Lunatic asylums in Bengal annual reports 1888-1898 - 1888-1898
Year: 1888
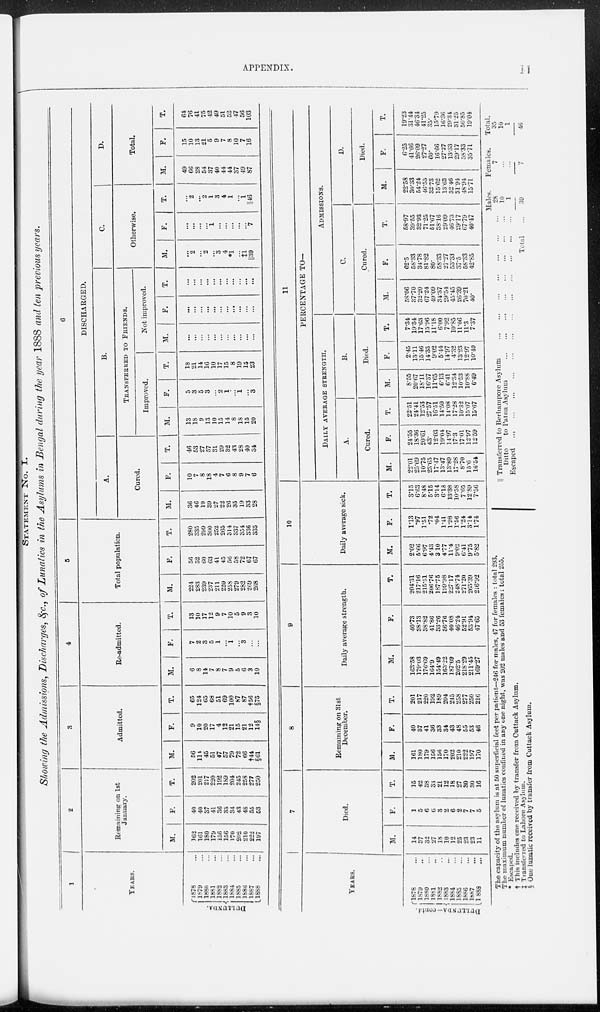
APPENDIX.
STATENENT NO.
I.
Showing the Admissions, Discharges, &c., of Lunatics in the Asylums in Bengal during the year 1888 and ten previous years.
1
YEARS.
DULLUNDA.
1878 ...
1879 ...
1880 ...
1881 ...
1882 ...
1883 ...
1884 ...
1885 ...
1886 ...
1887 ...
1888 ...
2
Remaining on 1st
January.
M.
162
161
180
179
156
156
170
202
210
222
197
F.
40
40
37
41
36
33
34
43
48
55
53
T.
202
201
217
220
192
189
204
245
258
277
250
3
Admitted.
M.
56
114
45
51
47
57
79
72
66
†44
§61
F.
9
10
20
17
4
12
21
15
21
12
14§
T.
65
124
65
68
51
69
100
87
87
†56
§75
4
Re-admitted.
M.
6
8
14
7
8
7
9
5
6
3
10
F.
7
2
3
5
1
...
1
...
3
...
...
T.
13
10
17
12
9
7
10
5
9
3
10
5
Total population.
M.
224
283
239
237
211
220
258
279
282
269
268
F.
56
52
60
63
41
45
56
58
72
67
67
T.
280
335
299
300
252
265
314
337
354
336
335
6
DISCHARGED.
A.
Cured.
M.
36
46
19
39
27
22
26
35
19
33
28
F.
10
7
8
18
4
7
6
8
9
7
6
T.
46
53
27
57
31
29
32
43
28
40
34
B.
TRANSFERRED TO FRIENDS.
Improved.
M.
13
18
9
13
10
15
14
8
18
15
20
F.
5
3
5
3
...
2
1
...
1
...
3
T.
18
21
14
16
10
17
15
8
19
15
23
Not improved.
M.
...
...
...
...
...
...
...
...
...
...
...
F.
...
...
...
...
...
...
...
...
...
...
...
T.
...
...
...
...
...
...
...
...
...
...
...
C.
Otherwise.
M.
...
2
...
2
...
3
4
*1
...
‡1
||39
F.
...
...
...
...
1
...
...
...
...
...
7
T.
...
2
...
2
1
3
4
1
...
1
||46
D.
Total.
M.
49
66
28
54
37
40
44
44
37
49
87
F.
15
10
13
21
5
9
7
8
10
7
16
T.
64
76
41
75
42
49
51
52
47
56
103
YEARS.
DULLUNDA-contd
1878 ...
1879 ...
1880 ...
1881 ...
1882 ...
1883 ...
1884 ...
1885 ...
1886 ...
1887 ...
1888 ...
7
Died.
M.
14
37
32
27
18
10
12
25
23
23
11
F.
1
5
6
6
3
2
6
2
7
7
5
T.
15
42
38
33
21
12
18
27
30
30
16
8
Remaining on 31st
December.
M.
161
180
179
156
156
170
202
210
222
197
170
F.
40
37
41
36
33
34
43
48
55
53
46
T.
201
217
220
192
189
204
215
258
277
250
216
9
Daily average strength.
M.
163.58
179.03
176.69
164.9
154.49
163.22
187.09
202.5
218.29
211.45
169.27
F.
40.73
38.13
38.82
41.86
33.26
36.76
40.08
46.24
52.91
53.94
47.65
T.
204.31
217.16
215.51
206.76
187.75
199.98
227.17
248.74
271.20
265.39
216.92
10
Daily average sick.
M.
2.02
5.66
6.97
4.43
3.10
4.77
11.4
9.02
6.41
9.75
5.82
F.
1.13
.97
1.51
.72
.04
1.41
1.98
1.56
1.24
3.14
1.74
T.
3.15
6.63
8.48
5.15
3.14
6.13
13.88
10.58
7.65
12.89
7.56
11
PERCENTAGE TO—
DAILY AVERAGE STRENGHT.
A.
Cured.
M.
22.01
25.69
10.75
23.65
17.47
13.47
13.89
17.28
8.70
15.6
16.54
F.
24.55
18.36
20.61
43.
12.03
19.04
14.97
17.3
17.01
12.97
12.59
T.
22.51
24.41
12.53
27.57
16.51
14.50
14.08
17.28
10.32
15.07
15.67
B.
Died.
M.
8.55
20.67
18.11
16.37
11.65
6.13
6.41
12.34
10.53
10.88
6.49
F.
2.45
13.11
15.46
14.33
9.02
5.44
14.97
4.32
13.23
12.97
10.49
T.
7.34
19.84
17.68
15.96
11.18
6.00
7.92
10.85
11.06
11.3
7.37
ADMISSIONS.
C.
Cured.
M.
58.06
37.70
32.20
67.24
49.09
34.87
29.54
45.45
26.39
70.21
40.
F.
62.5
58.33
34.78
81.82
80.
58.33
27.27
53.33
37.5
58.83
42.85
T.
58.97
39.55
32.93
71.25
51.67
38.16
29.09
46.73
29.17
67.79
40.47
D.
Died.
M.
22.58
30.33
54.24
46.55
32.73
15.62
13.63
32.46
31.94
48.94
15.71
F.
6.25
41.66
26.09
27.27
60.
16.66
27.27
13.33
29.17
58.33
35.71
T.
19.23
31.44
46.34
41.25
35.
15.79
16.36
29.34
31.25
50.85
19.04
The capacity of the asylum is at 50 superficial feet per patient—246 for males, 47 for females : total 293.
The maximum number of lunatics confined in any one night, was 202 males and 53 females : total 255.
* Escaped.
† This includes one received by transfer from Cuttack Asylum.
† Transferred to Lahore Asylum.
§ One lunatic received by transfer from Cuttack Asylum.
|| Transferred to Berhampore Asylum
...
...
...
...
...
...
...
Ditto
to Patna Asylum ... ... ... ... ... ... ... ...
Escaped
...
...
...
...
...
...
...
...
...
...
...
...
Total ...
Males.
28
10
1
39
Females.
7
...
...
7
Total.
35
10
1
46